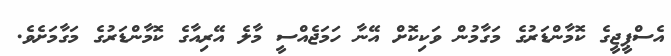
އެސްޕީޖީގެ ކޮމާންޑަރުގެ މަގާމުން ވަކިކޮށް އޭނާ ހަމަޖެއްސީ މާލެ އޭރިއާގެ ކޮމާންޑަރުގެ މަގާމަށެވެ.